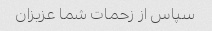
سپاس از زحمات شما عزیزان